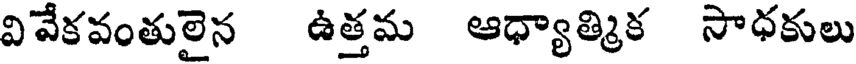
వివేకవంతులైన ఉత్తమ ఆధ్యాత్మిక సాధకులు